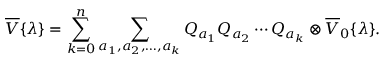
\overline { { { V } } } { \{ } \lambda { \} } = \sum _ { k = 0 } ^ { n } \sum _ { a _ { 1 } , a _ { 2 } , \ldots , a _ { k } } Q _ { a _ { 1 } } Q _ { a _ { 2 } } \cdots Q _ { a _ { k } } \otimes \overline { { { V } } } _ { 0 } { \{ } \lambda { \} } .